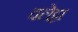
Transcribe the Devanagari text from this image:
वलेट्टा